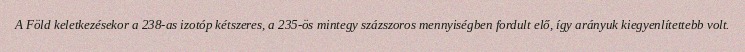
A Föld keletkezésekor a 238-as izotóp kétszeres, a 235-ös mintegy százszoros mennyiségben fordult elő, így arányuk kiegyenlítettebb volt.